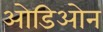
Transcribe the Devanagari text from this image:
ओडिओन